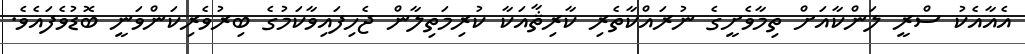
އެއާއެކު ސްރީ ލަންކާއަށް ތިމާވެށީގެ ނުރައްކާތެރި ކާރިޘާއަކާ ކުރިމަތިލާން ޖެހިފައިވާކަމުގެ ބިރުވެރިކަންވަނީ ބޮޑުވެފައެވެ.